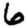
Digit: 6